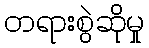
တရားစွဲဆိုမှု